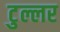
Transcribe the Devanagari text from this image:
टुल्लर